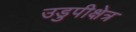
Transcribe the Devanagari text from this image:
उडुपीक्षेत्र